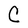
Character: C